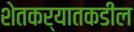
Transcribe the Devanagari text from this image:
शेतकर्यातकडील